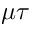
\mu \tau